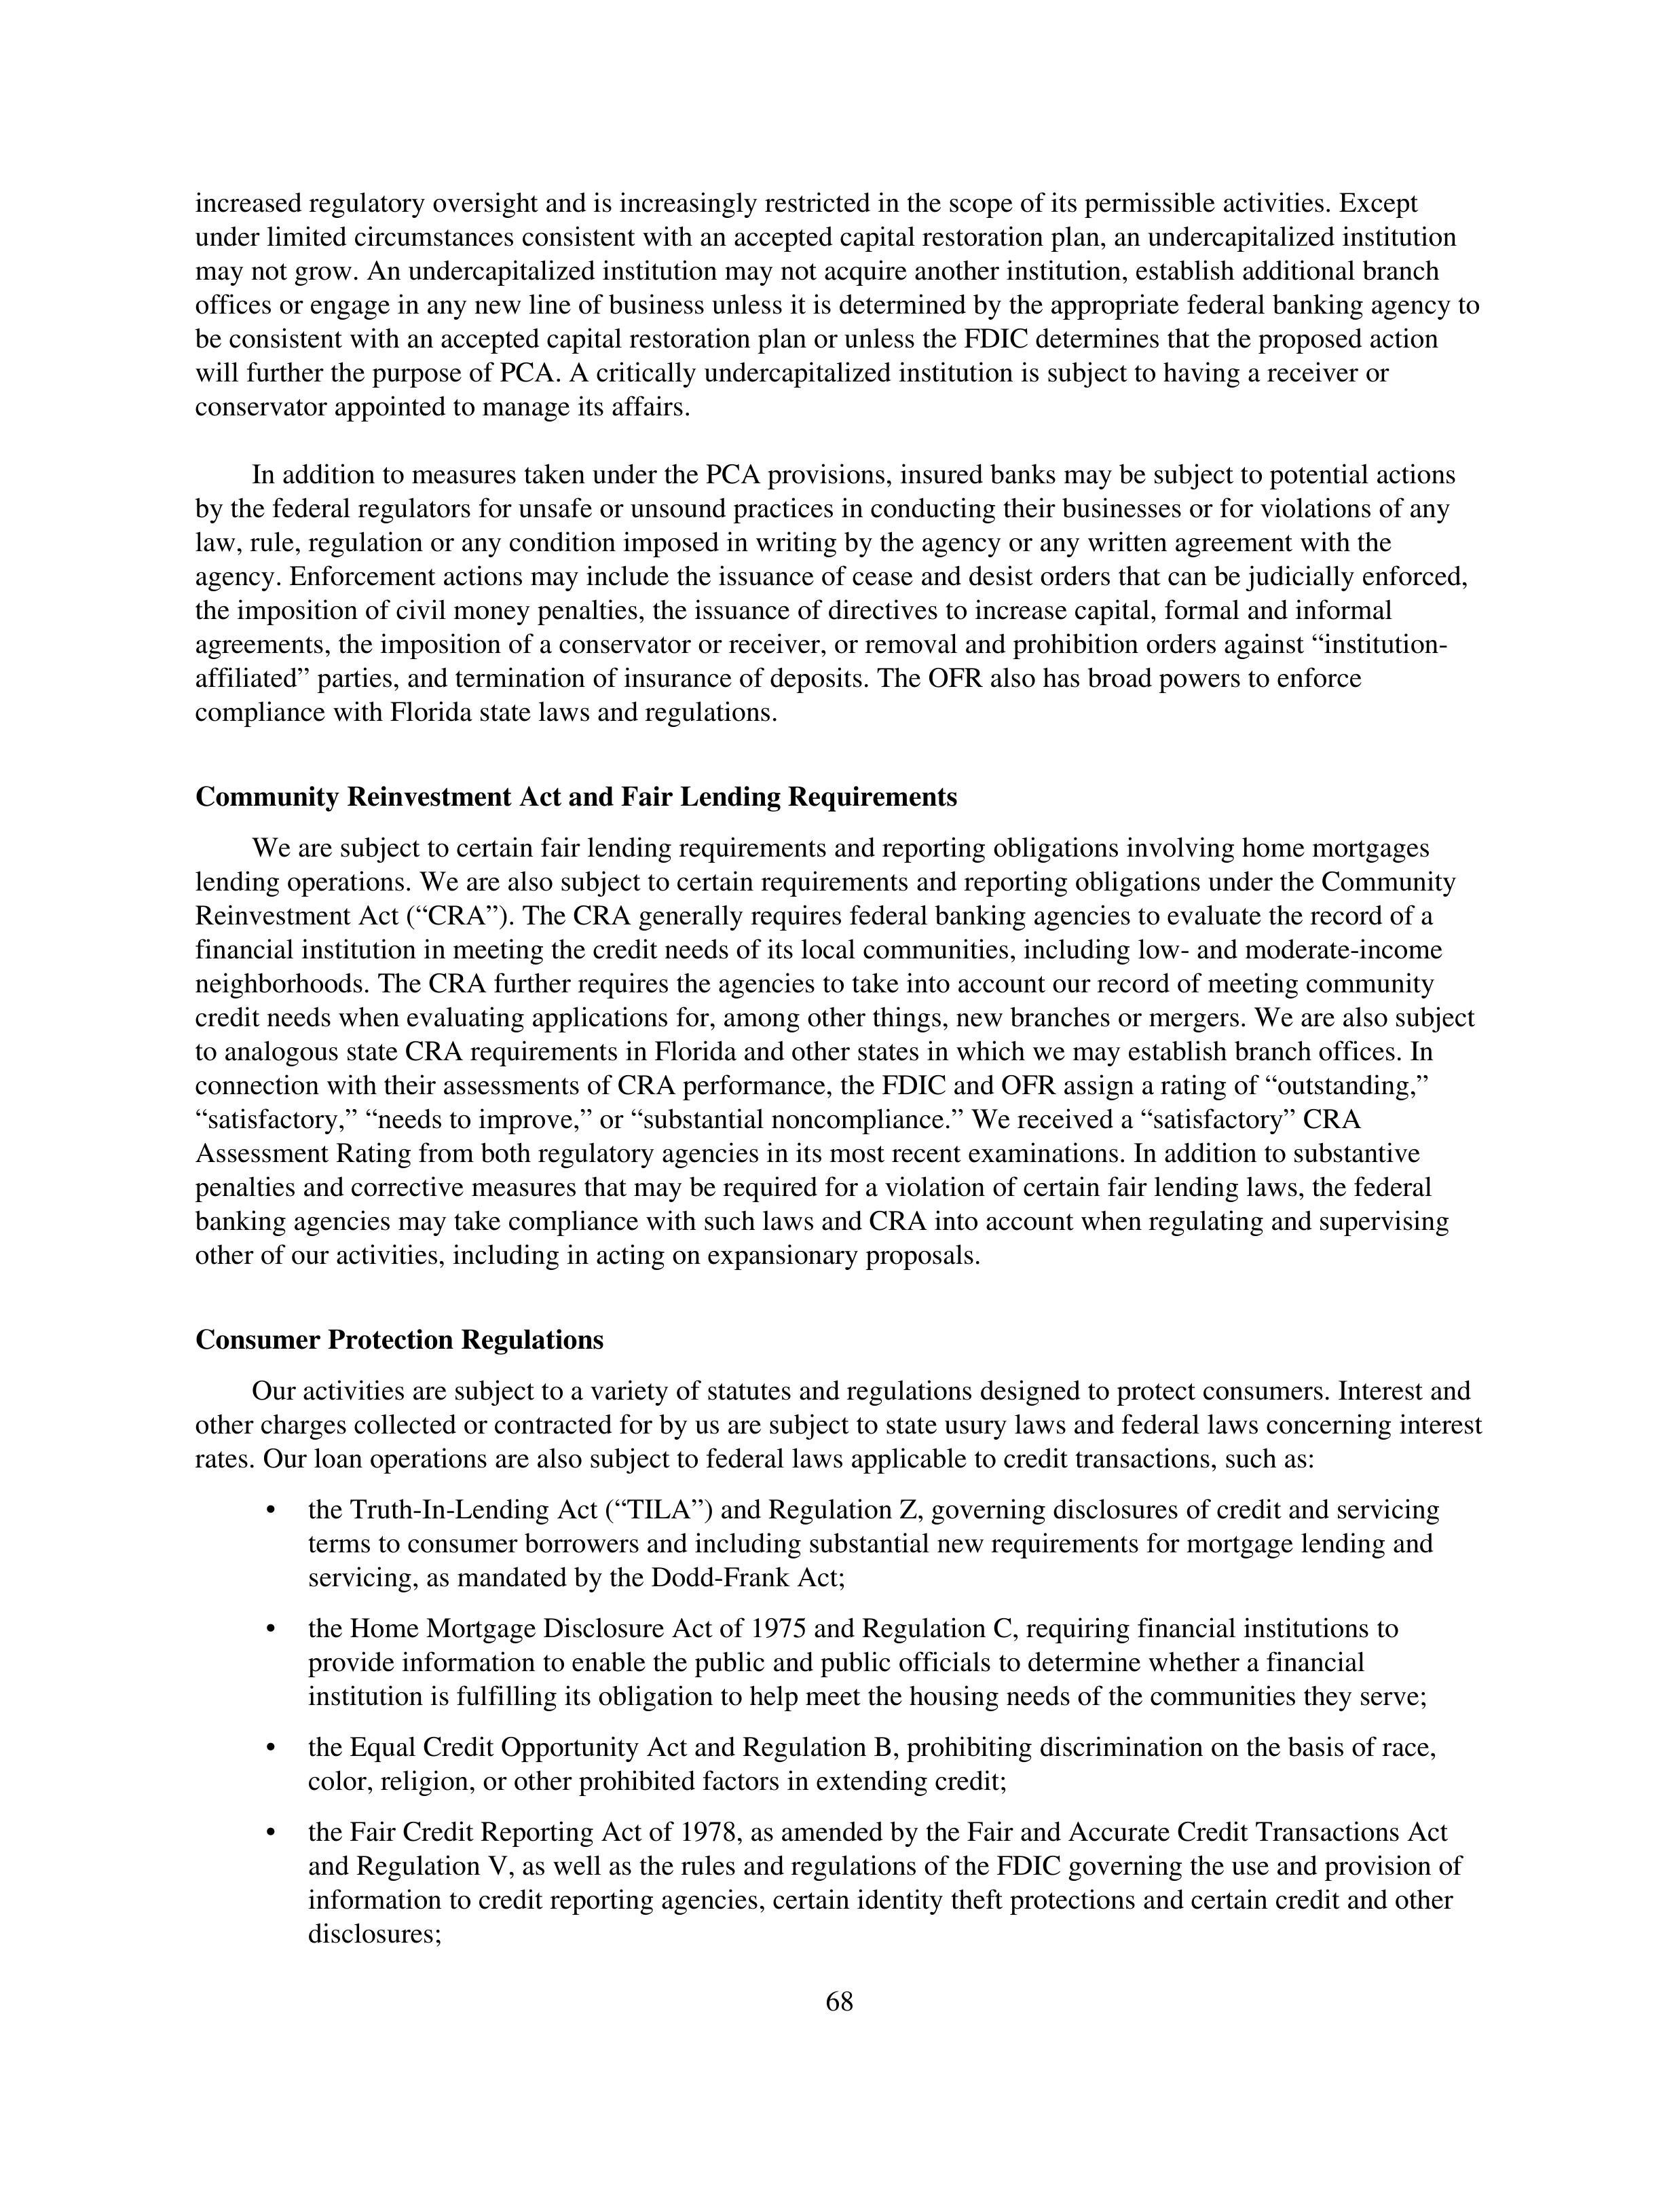
increased regulatory oversight and is increasingly restricted in the scope of its permissible activities. Except under limited circumstances consistent with an accepted capital restoration plan, an undercapitalized institution may not grow. An undercapitalized institution may not acquire another institution, establish additional branch offices or engage in any new line of business unless it is determined by the appropriate federal banking agency to be consistent with an accepted capital restoration plan or unless the FDIC determines that the proposed action will further the purpose of PCA. A critically undercapitalized institution is subject to having a receiver or conservator appointed to manage its affairs.

In addition to measures taken under the PCA provisions, insured banks may be subject to potential actions by the federal regulators for unsafe or unsound practices in conducting their businesses or for violations of any law, rule, regulation or any condition imposed in writing by the agency or any written agreement with the agency. Enforcement actions may include the issuance of cease and desist orders that can be judicially enforced, the imposition of civil money penalties, the issuance of directives to increase capital, formal and informal agreements, the imposition of a conservator or receiver, or removal and prohibition orders against "institution-affiliated" parties, and termination of insurance of deposits. The OFR also has broad powers to enforce compliance with Florida state laws and regulations.

Community Reinvestment Act and Fair Lending Requirements

We are subject to certain fair lending requirements and reporting obligations involving home mortgages lending operations. We are also subject to certain requirements and reporting obligations under the Community Reinvestment Act ("CRA"). The CRA generally requires federal banking agencies to evaluate the record of a financial institution in meeting the credit needs of its local communities, including low- and moderate-income neighborhoods. The CRA further requires the agencies to take into account our record of meeting community credit needs when evaluating applications for, among other things, new branches or mergers. We are also subject to analogous state CRA requirements in Florida and other states in which we may establish branch offices. In connection with their assessments of CRA performance, the FDIC and OFR assign a rating of "outstanding," "satisfactory," "needs to improve," or "substantial noncompliance." We received a "satisfactory" CRA Assessment Rating from both regulatory agencies in its most recent examinations. In addition to substantive penalties and corrective measures that may be required for a violation of certain fair lending laws, the federal banking agencies may take compliance with such laws and CRA into account when regulating and supervising other of our activities, including in acting on expansionary proposals.

Consumer Protection Regulations

Our activities are subject to a variety of statutes and regulations designed to protect consumers. Interest and other charges collected or contracted for by us are subject to state usury laws and federal laws concerning interest rates. Our loan operations are also subject to federal laws applicable to credit transactions, such as:

• the Truth-In-Lending Act ("TILA") and Regulation Z, governing disclosures of credit and servicing terms to consumer borrowers and including substantial new requirements for mortgage lending and servicing, as mandated by the Dodd-Frank Act;

• the Home Mortgage Disclosure Act of 1975 and Regulation C, requiring financial institutions to provide information to enable the public and public officials to determine whether a financial institution is fulfilling its obligation to help meet the housing needs of the communities they serve;

• the Equal Credit Opportunity Act and Regulation B, prohibiting discrimination on the basis of race, color, religion, or other prohibited factors in extending credit;

• the Fair Credit Reporting Act of 1978, as amended by the Fair and Accurate Credit Transactions Act and Regulation V, as well as the rules and regulations of the FDIC governing the use and provision of information to credit reporting agencies, certain identity theft protections and certain credit and other disclosures;

68